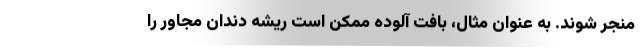
منجر شوند. به عنوان مثال، بافت آلوده ممکن است ریشه دندان مجاور را